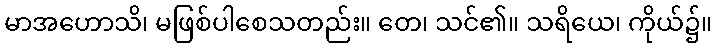
မာအဟောသိ၊ မဖြစ်ပါစေသတည်း။ တေ၊ သင်၏။ သရိယေ၊ ကိုယ်၌။